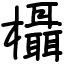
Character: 欇